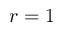
r = 1